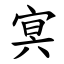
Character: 㝠